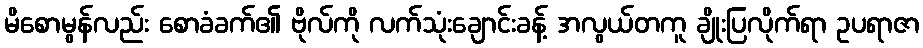
မိစောမွန်လည်း စောခံခက်၏ ဗိုလ်ကို လက်သုံးချောင်းခန့် အလွယ်တကူ ချိုးပြလိုက်ရာ ဥပရာဇာ